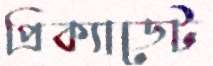
প্রিক্যাডেট